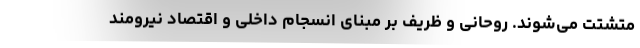
متشتت می‌شوند. روحانی و ظریف بر مبنای انسجام داخلی و اقتصاد نیرومند